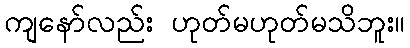
ကျနော်လည်း ဟုတ်မဟုတ်မသိဘူး။